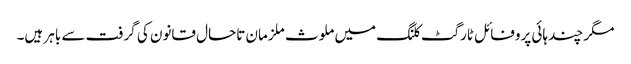
مگر چند ہائی پروفائل ٹارگٹ کلنگ میں ملوث ملزمان تاحال قانون کی گرفت سے باہر ہیں۔